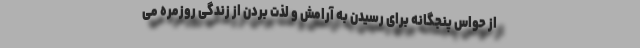
از حواس پنجگانه برای رسیدن به آرامش و لذت بردن از زندگی روزمره می